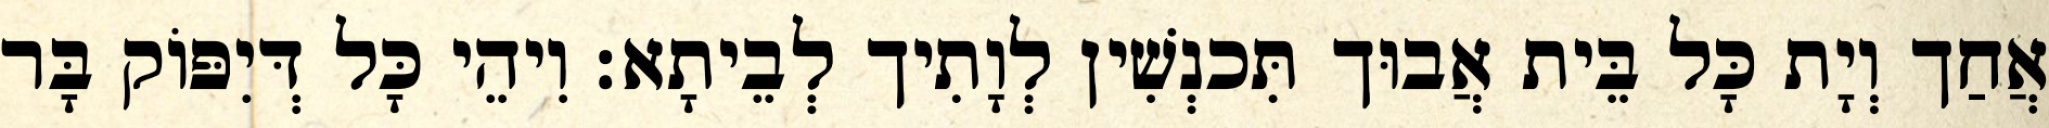
אֲחַך וְיָת כָּל בֵּית אֲבוּך תִּכנְשִׁין לְוָתִיך לְבֵיתָא׃ וִיהֵי כָּל דְּיִפּוֹק בָּר